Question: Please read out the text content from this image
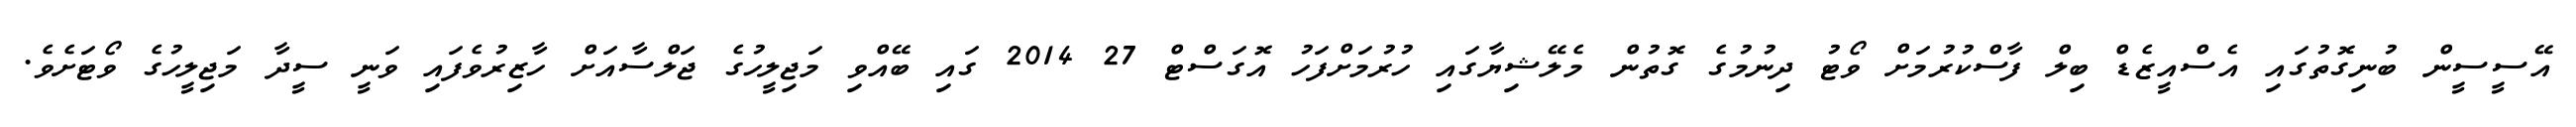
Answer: އޭސީސީން ބުނިގޮތުގައި އެސްއީޒެޑް ބިލް ފާސްކުރުމަށް ވޯޓު ދިނުމުގެ ގޮތުން މެލޭޝިޔާގައި ހުރުމަށްފަހު އޮގަސްޓް 27 2014 ގައި ބޭއްވި މަޖިލީހުގެ ޖަލްސާއަށް ހާޒިރުވެފައި ވަނީ ސީދާ މަޖިލީހުގެ ވޯޓަށެވެ.